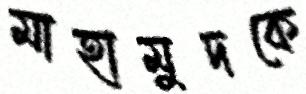
মাহামুদকে